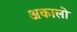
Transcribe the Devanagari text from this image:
अकालो